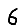
Digit: 6